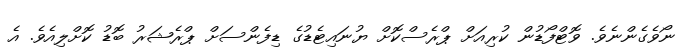
ނޯވެގެންނެވެ. ވޮޓްފޯޑުން ކުރިއަށް ޕްރެސްކޮށް ޔުނައިޓެޑުގެ ޑިފެންސަށް ޕްރެޝަރު ބޮޑު ކޮށްލިއެވެ. އެ